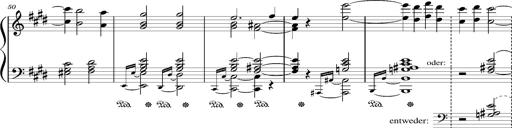
Title: Resignazione, S.187a/b
Composer: Franz Liszt